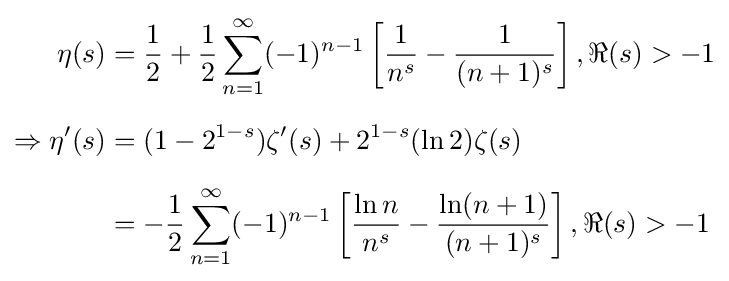
{\begin{aligned}\eta (s)&={\frac {1}{2}}+{\frac {1}{2}}\sum _{n=1}^{\infty }(-1)^{n-1}\left[{\frac {1}{n^{s}}}-{\frac {1}{(n+1)^{s}}}\right],\Re (s)>-1\\[6pt]\Rightarrow \eta '(s)&=(1-2^{1-s})\zeta '(s)+2^{1-s}(\ln 2)\zeta (s)\\[6pt]&=-{\frac {1}{2}}\sum _{n=1}^{\infty }(-1)^{n-1}\left[{\frac {\ln n}{n^{s}}}-{\frac {\ln(n+1)}{(n+1)^{s}}}\right],\Re (s)>-1\end{aligned}}